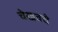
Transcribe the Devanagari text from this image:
चेखवचे